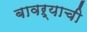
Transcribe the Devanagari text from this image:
बावऱ्याची